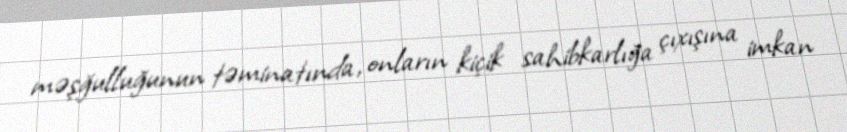
məşğulluğunun təminatında, onların kiçik sahibkarlığa çıxışına imkan